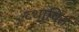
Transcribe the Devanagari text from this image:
व्थापित